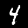
Digit: 4